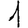
Digit: 1